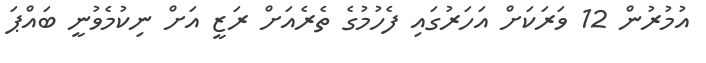
އުމުރުން 12 ވަރަކަށް އަހަރުގައި ފެހުމުގެ ތެރެއަށް ރަޒީ އަށް ނިކުމެވުނީ ބައްޕަ